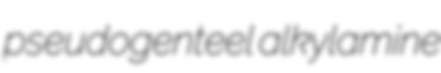
pseudogenteel alkylamine